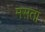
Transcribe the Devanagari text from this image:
मसता